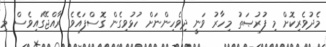
މެދުވެރިކޮށް މި ފުރުޞަތު މިހާރު ވަނީ ދިވެހިންނަށް ހުޅުވިގެން ގޮސްފައެވެ. ރާއްޖޭގައިވެސް މި